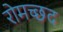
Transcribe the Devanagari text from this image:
रोमच्छद